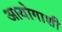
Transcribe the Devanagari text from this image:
आयोगाशी